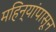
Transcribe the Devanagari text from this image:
महिन्यांपासून